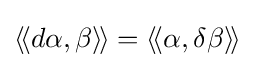
\langle \!\langle d\alpha ,\beta \rangle \!\rangle =\langle \!\langle \alpha ,\delta \beta \rangle \!\rangle